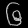
Digit: ၆